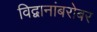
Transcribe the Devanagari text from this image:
विद्वानांबरोबर